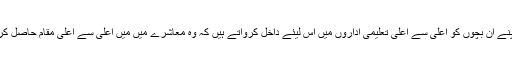
ہم اپنے ان بچوں کو اعلی سے اعلی تعلیمی اداروں میں اس لیئے داخل کرواتے ہیں کہ وہ معاشرے میں میں اعلی سے اعلی مقام حاصل کریں۔